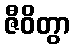
ဇီဝိတွာ